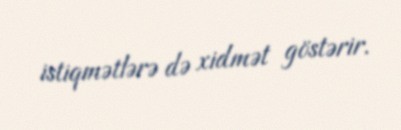
istiqmətlərə də xidmət göstərir.